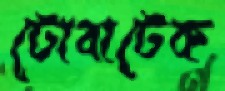
টোবাটেক